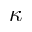
\boldsymbol { \kappa }